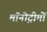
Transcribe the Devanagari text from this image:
मॉनोट्रीमों